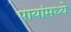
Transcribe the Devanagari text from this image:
पायांमध्ये